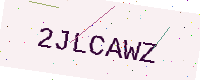
Text: 2JLCAWZ